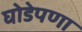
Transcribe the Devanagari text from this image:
घोडेपणा